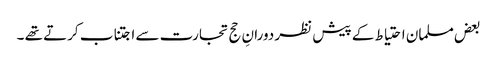
بعض مسلمان احتیاط کے پیش نظر دورانِ حج تجارت سے اجتناب کرتے تھے ۔